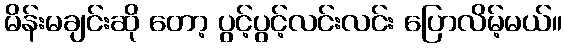
မိန်းမချင်းဆို တော့ ပွင့်ပွင့်လင်းလင်း ပြောလိမ့်မယ်။